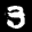
Label: 3